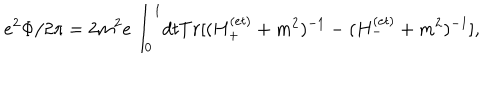
e ^ { 2 } \Phi / 2 \pi = 2 m ^ { 2 } e \int _ { 0 } ^ { 1 } \! d t T r [ ( H _ { + } ^ { ( e t ) } + m ^ { 2 } ) ^ { - 1 } - ( H _ { - } ^ { ( e t ) } + m ^ { 2 } ) ^ { - 1 } ] ,